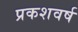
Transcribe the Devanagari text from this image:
प्रकशवर्ष